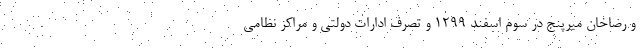
و رضاخان میرپنج در سوم اسفند ۱۲۹۹ و تصرف ادارات دولتی و مراکز نظامی